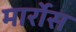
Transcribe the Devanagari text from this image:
मार्रोस